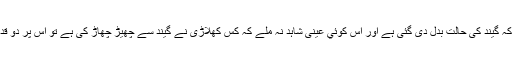
اگر امپائر کو پتہ چلے کہ گيند کی حالت بدل دی گئی ہے اور اس کوئي عینی شاہد نہ ملے کہ کس کھلاڑی نے گيند سے چھیڑ چھاڑ کی ہے تو اس پر دو قدم اٹھائے جا سکتے ہیں۔